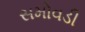
સમોવડી